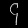
Digit: ၄